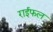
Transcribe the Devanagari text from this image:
राईफल